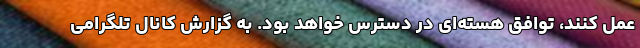
عمل کنند، توافق هسته‌ای در دسترس خواهد بود. به گزارش کانال تلگرامی